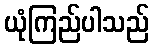
ယုံကြည်ပါသည်